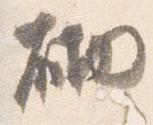
砌